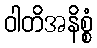
ဝါတိအနိစ္စံ